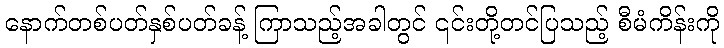
နောက်တစ်ပတ်နှစ်ပတ်ခန့် ကြာသည့်အခါတွင် ၎င်းတို့တင်ပြသည့် စီမံကိန်းကို